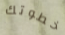
خطوتك